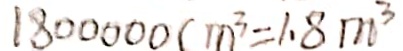
1 8 0 0 0 0 0 c m ^ { 3 } = 1 . 8 m ^ { 3 }